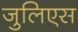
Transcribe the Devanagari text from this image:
जुलिएस